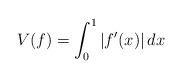
LaTeX: \begin{align*}V(f)=\int_0^1\left|f'(x)\right|dx\end{align*}